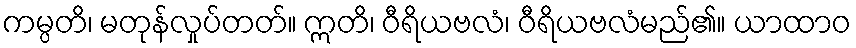
ကမ္ပတိ၊ မတုန်လှုပ်တတ်။ ဣတိ၊ ဝီရိယဗလံ၊ ဝီရိယဗလံမည်၏။ ယာထာဝ